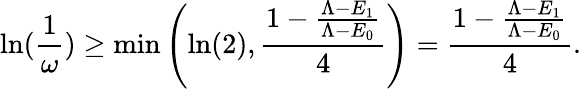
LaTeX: \ln(\frac{1}{\omega})\geq\operatorname*{min}\left(\ln(2),\frac{1-\frac{\Lambda-E_{1}}{\Lambda-E_{0}}}{4}\right)=\frac{1-\frac{\Lambda-E_{1}}{\Lambda-E_{0}}}{4}.